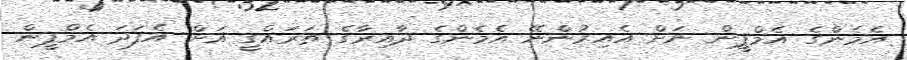
އެމެންގެ އެމްޕީން ނަށް އެއިރުންނޭ އެމެންގެ ދާއިރާގެ ތަރައްގީ އަށް އެފަދަ އެމްޕީން